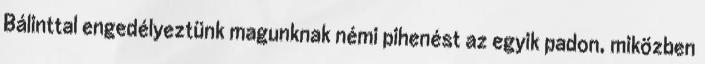
Bálinttal engedélyeztünk magunknak némi pihenést az egyik padon, miközben